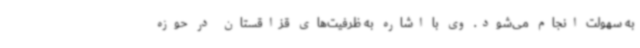
به سهولت انجام می‌شود. وی با اشاره به ظرفیت‌های قزاقستان در حوزه